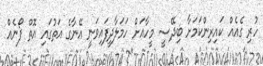
ހުރި ގެއެއް ކައިރިންކަމަށާ ބިދޭސީ މީހާއަށް ހަމަލާދީފައިވަނީ އޭނާގެ އަތުގައި އޮތް ފޯނެއް